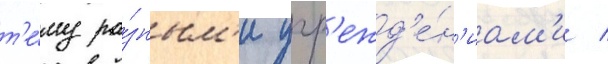
т'е́му ра́зным'и учр'ежд'е́н'иам'и /